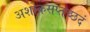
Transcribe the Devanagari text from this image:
अशोकसप्तच्छदं